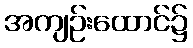
အကျဉ်းထောင်၌